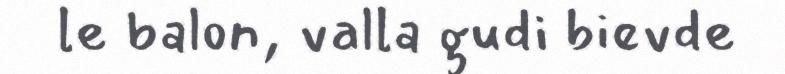
le balon, valla gudi bievde